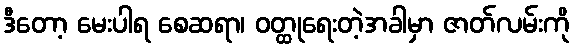
ဒီတော့ မေးပါရ စေဆရာ၊ ဝတ္ထုရေးတဲ့အခါမှာ ဇာတ်လမ်းကို